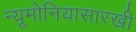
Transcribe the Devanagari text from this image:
न्यूमोनियासारखी